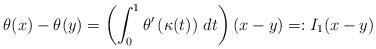
LaTeX: \begin{align*} \theta(x) - \theta(y) = \left( \int_0^1 \theta'\left( \kappa(t) \right) \, dt \right) (x-y) =: I_1 (x-y)\end{align*}